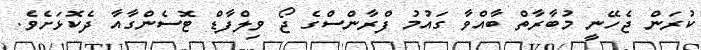
ކުރަން ޖެހޭނީ މުބާރާތް ބާއްވާ ގައުމު ފްރާންސްގެ ޖޯ ވިލްފާޑް ޓޮސެންގާއާ ދެކޮޅަށެވެ.